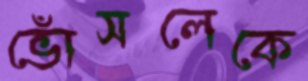
ভোঁসলেকে